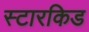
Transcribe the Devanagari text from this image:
स्टारकिड